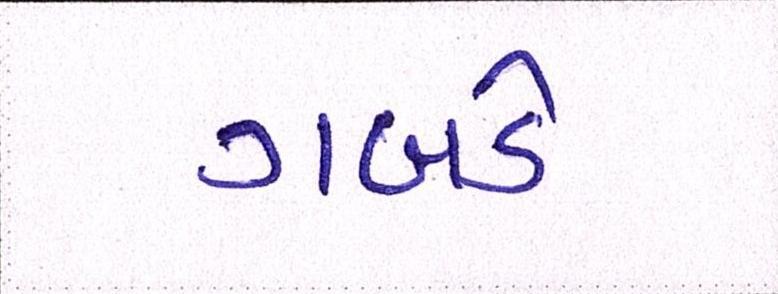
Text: ગબડે